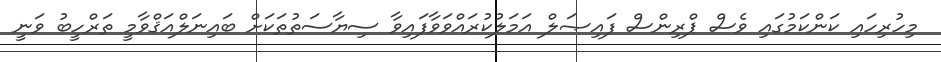
މިހުރިހައި ކަންކަމުގައި ވެސް ޕްރިންސް ފައިޞަލް އަމަލުކުރައްވަވާފައިވާ ސިޔާސަތުތަކަށް ބައިނަލްއަޤްވާމީ ތަރްހީބު ވަނީ